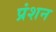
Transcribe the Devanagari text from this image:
प्रंशन